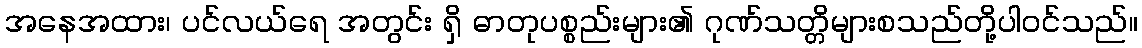
အနေအထား၊ ပင်လယ်ရေ အတွင်း ရှိ ဓာတုပစ္စည်းများ၏ ဂုဏ်သတ္တိများစသည်တို့ပါဝင်သည်။